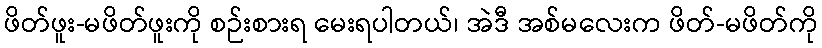
ဖိတ်ဖူး-မဖိတ်ဖူးကို စဉ်းစားရ မေးရပါတယ်၊ အဲဒီ အစ်မလေးက ဖိတ်-မဖိတ်ကို